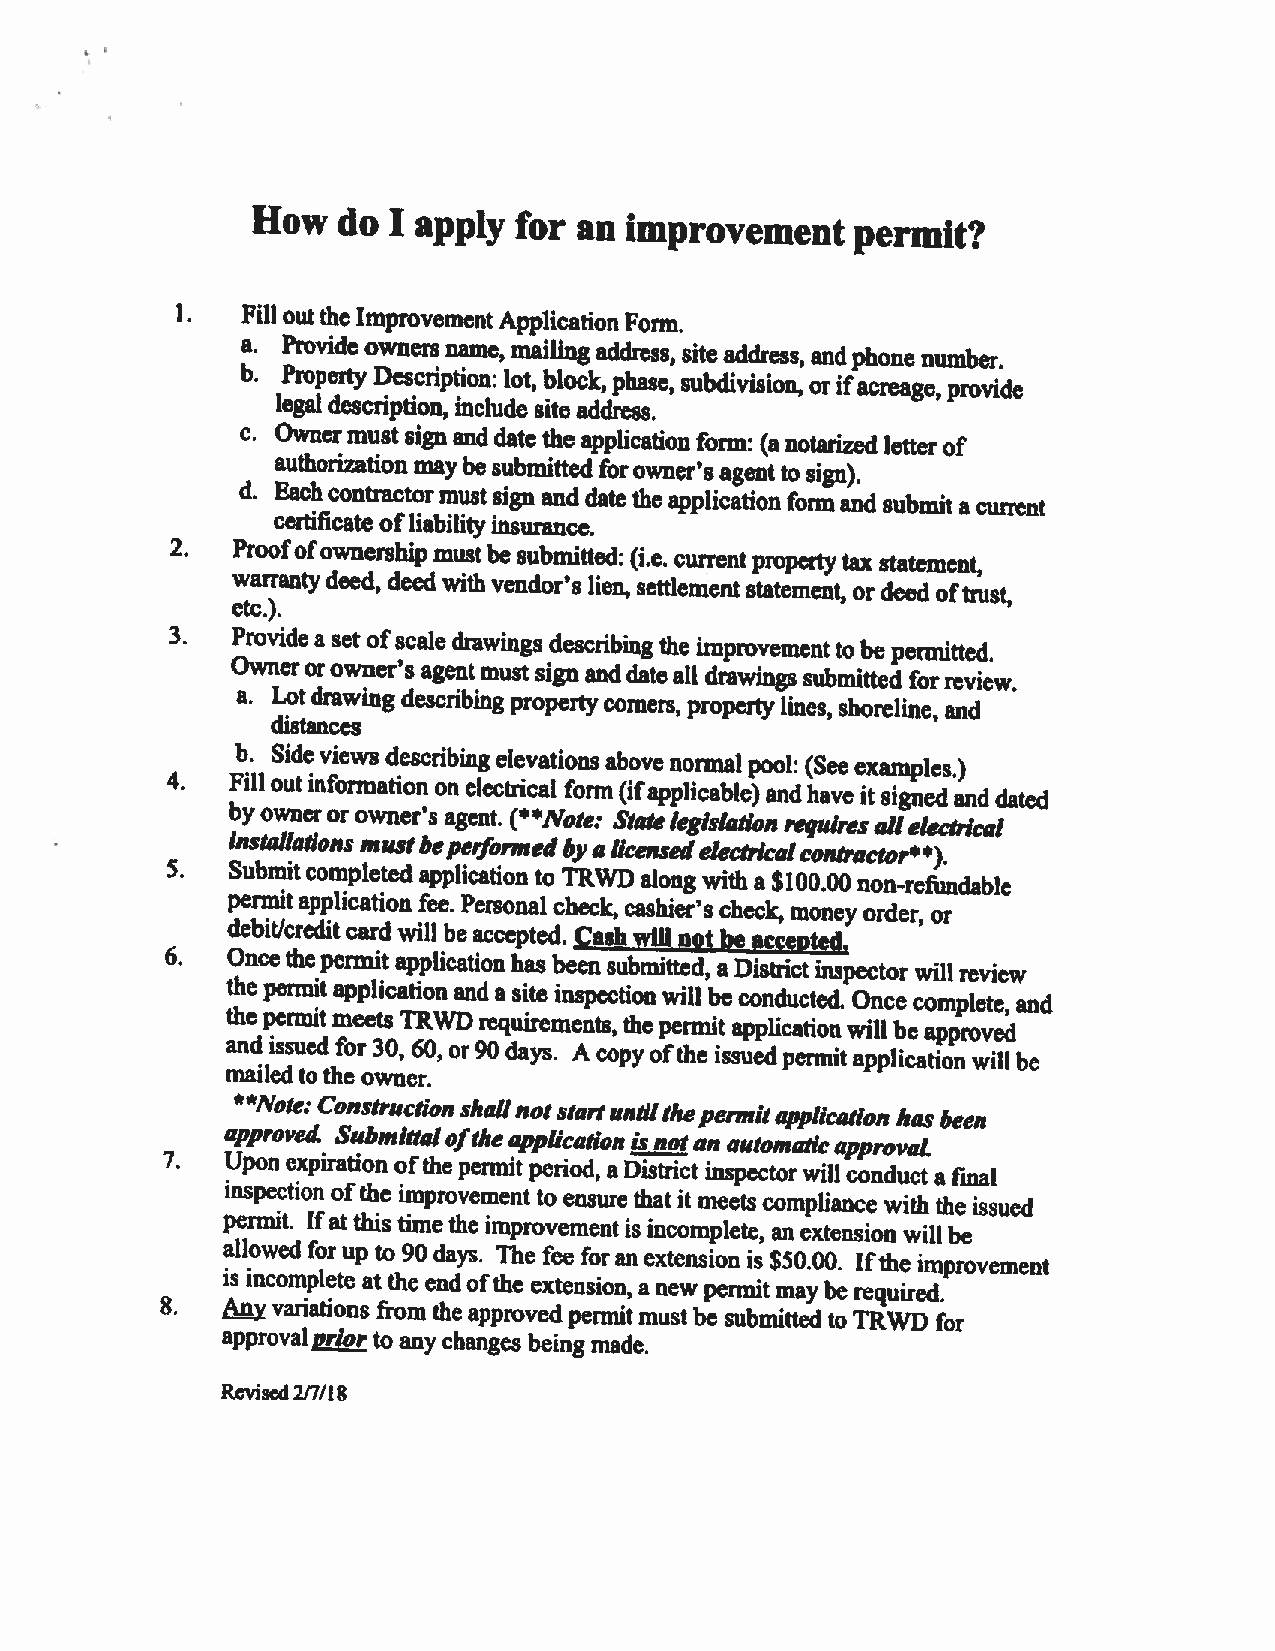
How  do  I apply for an improvement     permit?
 Fill outthe Improvement ApplicationForm.
 a. Provide owners name, mailingaddress, site address, and phonenumber.
 b. Property Description: Lot, block,phase, subdivision, or ifacreage, provide
 legal description, include site address.
 c. Ownermustsign and date the application form: (anotarized letterof
 authorizationmaybe submitted forowner’sagentto sign).
 d. Eachcontractormust sign and datethe applicationform and submit a current
 certificateofliability insurance.
 2,   Proofofownershipmustbe
 submitted: (i.e. currentpropertytax statement,
 warrantydeed, deed withvendor’s lien, settlement statement, or deed oftrust,
 etc.).
 3.  Provide a set ofscaledrawings describing the improvement tobe permitted.
 Owneror owner’s agentmust signanddateall drawings submitted forreview.
 a. Lotdrawingdescribingpropertycorners,
 property lines, shoreline, and
 distances
 b, Sideviews describing elevations abovenormal pool: (See examples.)
 4.  Fill out information on electhcal form(ifapplicable) andhave it signed and dated
 byowneror owner’s agent. (Note: Statelegislation requiresallelectrical
 installations mustbeperformedbyalicensedelectricalcontractor).
 5.  Submitcompleted application to TRWD along with a $100.00 non-refundable
 permitapplication fee. Personal check, cashier’s check, moneyorder, or
 debit/creditcard will be accepted. Cash wIll not be accepted.
 6.  Oncethepermit application hasbeen submitted, a District inspector will review
 the permit application and a site inspection will be conducted, Once complete, and
 thepermit meetsTRWDrequirements,the
 permit applicationwill be approved
 and issued for 30, 60, or90 days. A copyofthe issuedpermitapplication willbe
 mailed to the owner.
 **Note:
 Construction shallnotstanuntilthepermitapplication
 hasbeen
 approveS Submittaloftheapplication Lcnotan automaticapproval
 7.  Upon expiration ofthe permit period, aDistrict inspectorwill conduct a final
 inspection ofthe improvementto ensure thatit meets compliance with the issued
 permit. Ifatthis timethe improvementis incomplete, an extension willbe
 allowed forup to 90 days. The fee foranextension is $50.00. Ifthe improvement
 is incomplete atthe endofthe extension, a new permit may be required.
 8.  My variations from the approvedpermit must be submitted to TRWD for
 approvalpriorto anychanges being made.
 Revised211/18